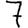
Digit: 7